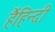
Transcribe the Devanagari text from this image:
हैंहिन्दी